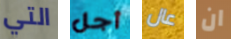
التي أجل عال ان